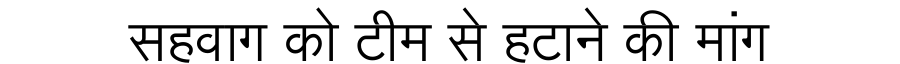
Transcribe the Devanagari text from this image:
सहवाग को टीम से हटाने की मांग